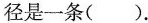
径是一条（）.